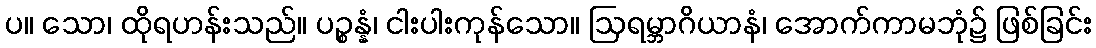
ပ။ သော၊ ထိုရဟန်းသည်။ ပဉ္စန္နံ၊ ငါးပါးကုန်သော။ ဩရမ္ဘာဂိယာနံ၊ အောက်ကာမဘုံ၌ ဖြစ်ခြင်း